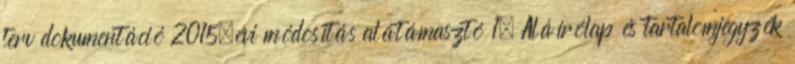
terv dokumentáció 2015.évi módosítás alátámasztó 1. Aláírólap és tartalomjegyzék